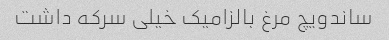
ساندویچ مرغ بالزامیک خیلی سرکه داشت